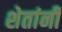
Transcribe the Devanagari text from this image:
शेतांनी